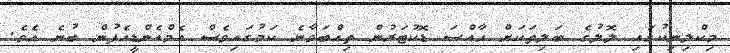
މިކްލިނިކުގައި ލޮލުގެ ބަލިތަކަށް ހާއްސަ ޑޮކުޓަރުން ތިއްބަވާނެ ކަމުގައިވެސް އެމްއެންޑީއެފުން ބުނެ އެވެ.